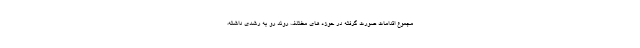
مجموع اقدامات صورت گرفته در حوزه های مختلف روند رو به رشدی داشته،